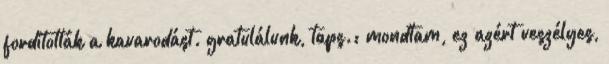
fordították a kavarodást. gratulálunk, taps.: mondtam, ez azért veszélyes,